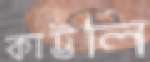
কাট্টলি